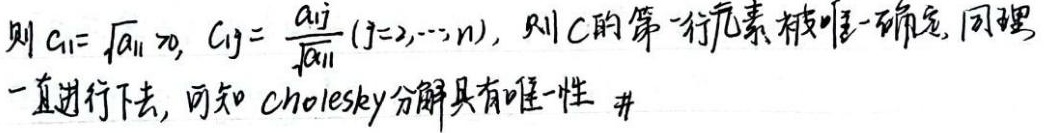
则 \(C_{11}=\sqrt{a_{11}}>0\)，\(C_{1j}=\frac{a_{1j}}{\sqrt{a_{11}}}(j = 2,\cdots,n)\)，则 \(C\) 的第一行元素被唯一确定，同理一直进行下去，可知 Cholesky 分解具有唯一性。